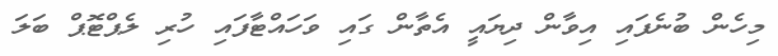
މިހެން ބުނެފައި އިވާން ދިޔައީ އެތާން ގައި ވަހައްޓާފައި ހުރި ލެޕްޓޮޕް ބަލަ